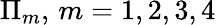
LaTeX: \Pi_{m},\, m=1,2,3,4